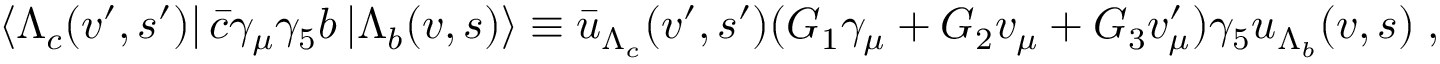
\left\langle \Lambda _ { c } ( v ^ { \prime } , s ^ { \prime } ) \right\vert \bar { c } \gamma _ { \mu } \gamma _ { 5 } b \left\vert \Lambda _ { b } ( v , s ) \right\rangle \equiv \bar { u } _ { \Lambda _ { c } } ( v ^ { \prime } , s ^ { \prime } ) ( G _ { 1 } \gamma _ { \mu } + G _ { 2 } v _ { \mu } + G _ { 3 } v _ { \mu } ^ { \prime } ) \gamma _ { 5 } u _ { \Lambda _ { b } } ( v , s ) \; ,